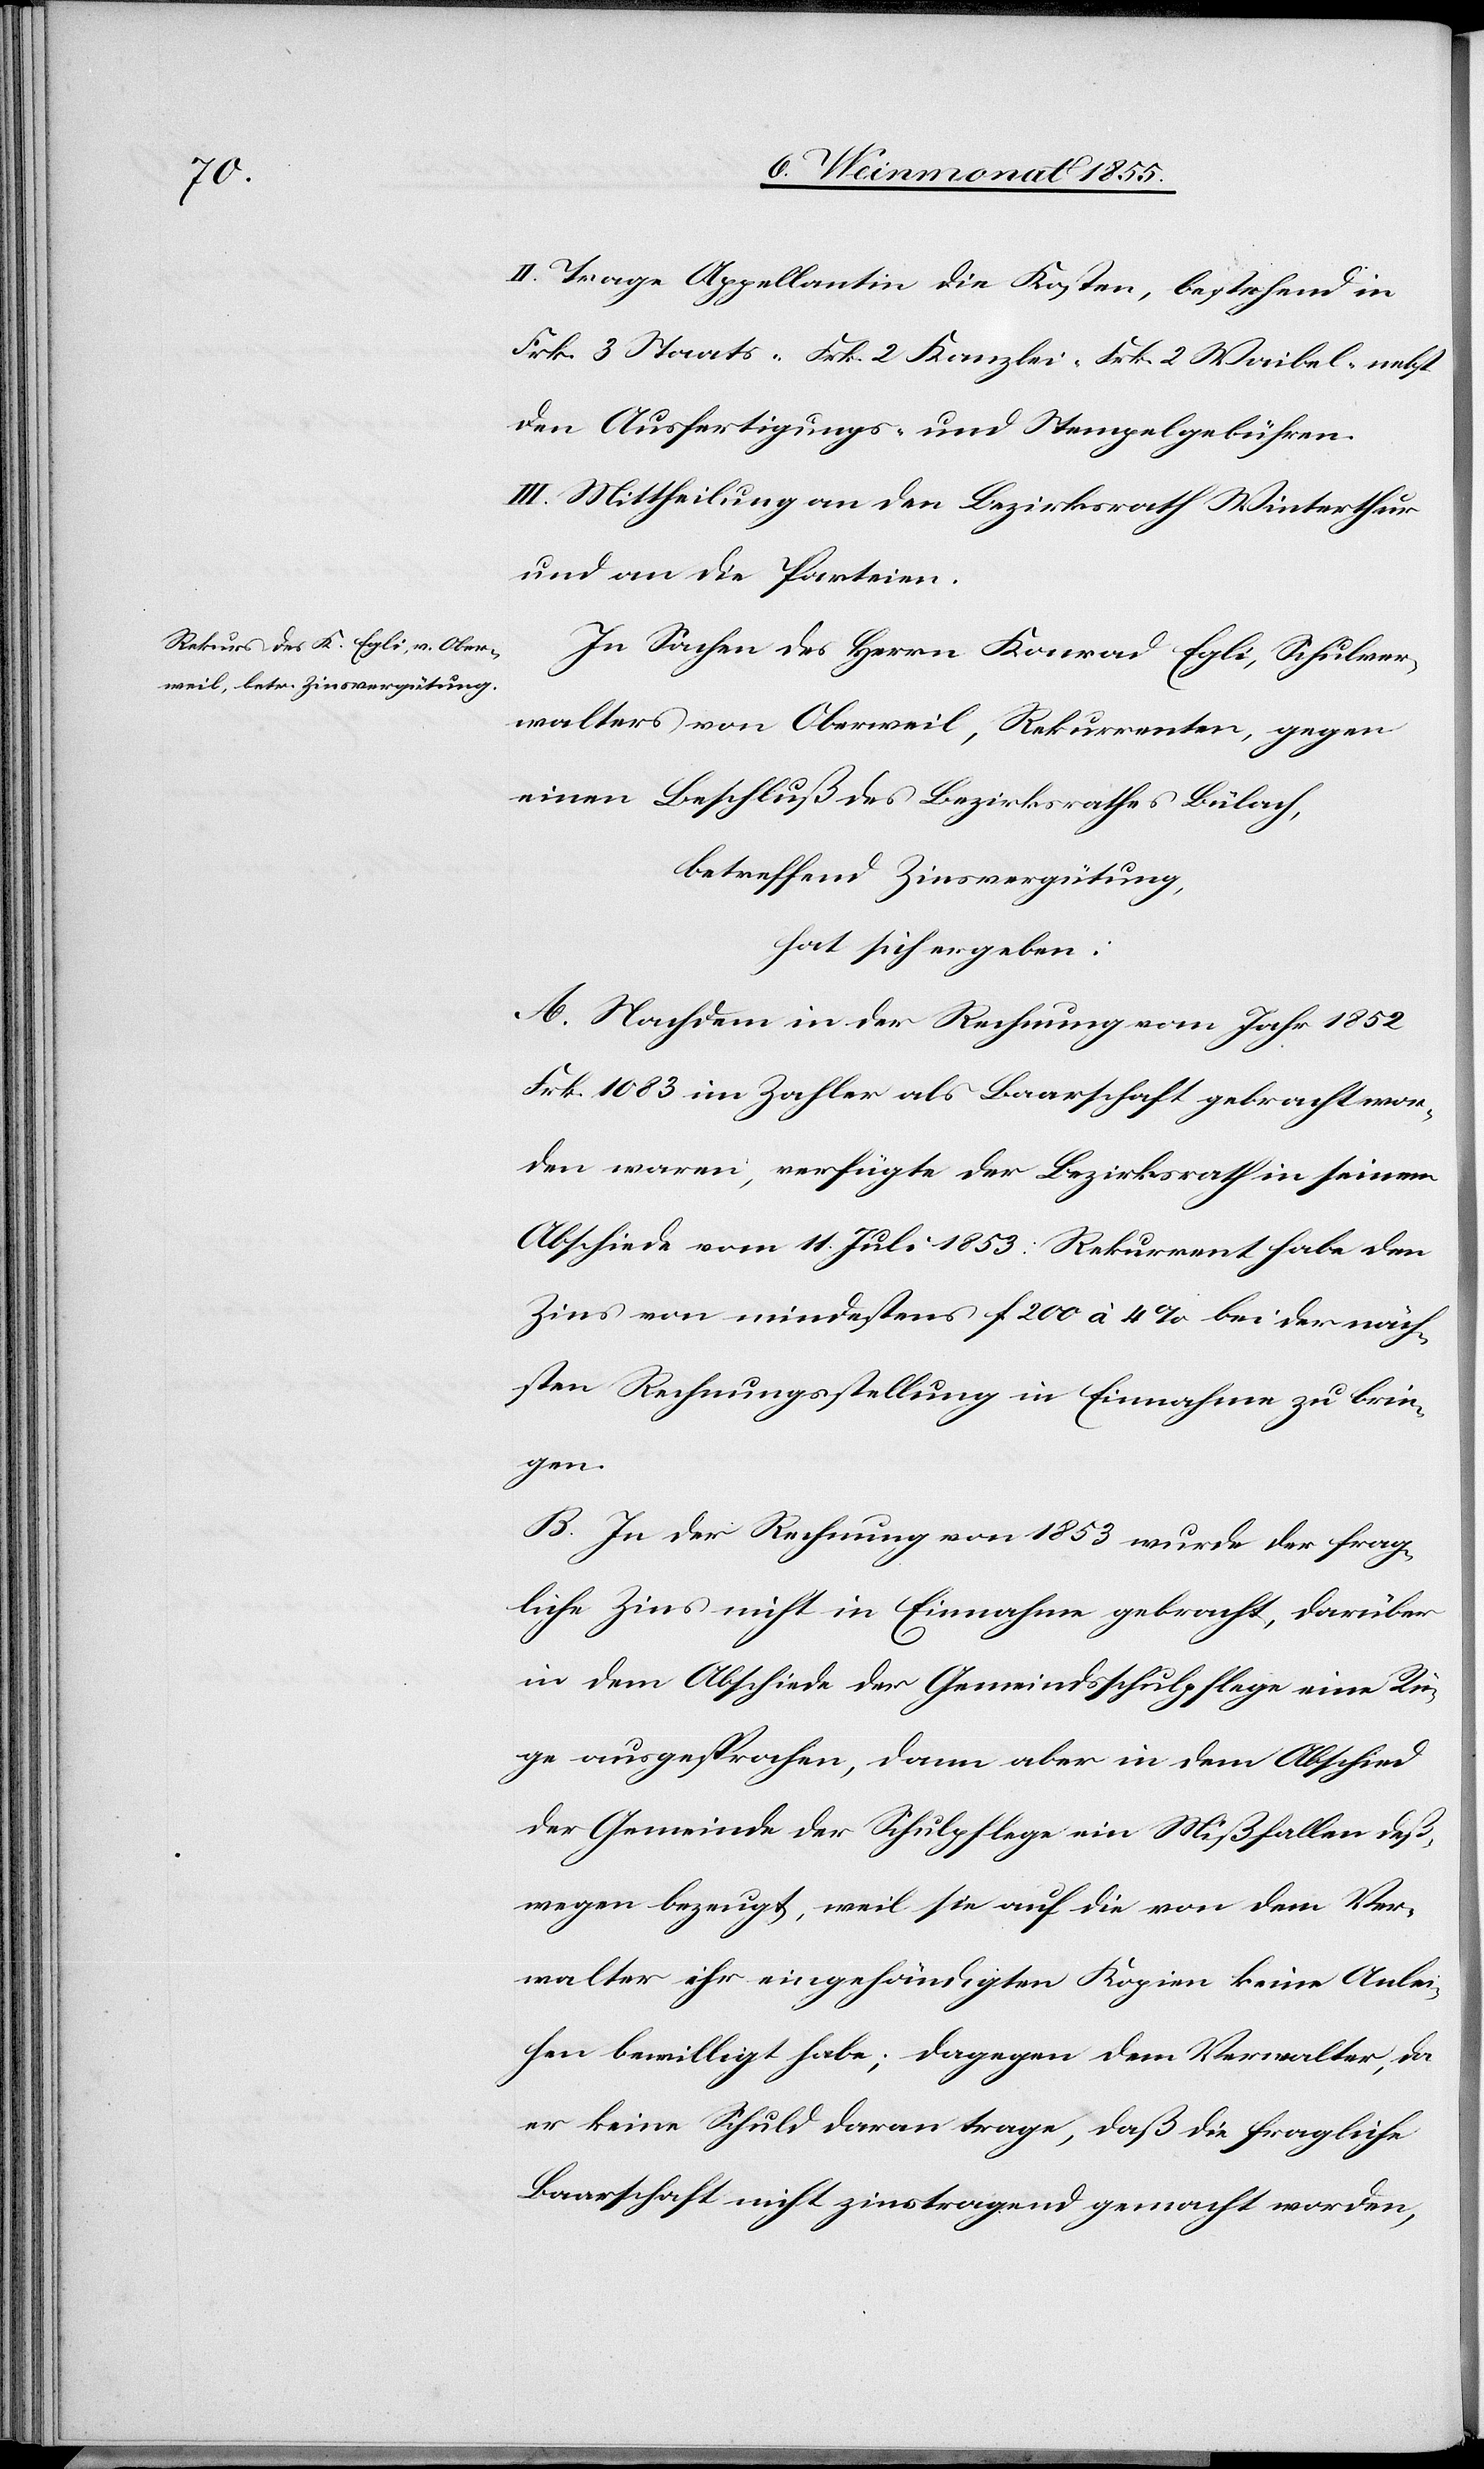
II. Trage Appellantin die Kosten, bestehend in
Frk. 3 Staats-[,] Frk. 2 Kanzlei-[,] Frk. 2 Waibel-[,] nebst
den Ausfertigungs- und Stempelgebühren.
III. Mittheilung an den Bezirksrath Winterthur
und an die Parteien.
In Sachen des Herrn Konrad Egli, Schulver¬
walters von Oberweil, Rekurrenten, gegen
einen Beschluß des Bezirksrathes Bülach,
betreffend Zinsvergütung,
hat sich ergeben:
A. Nachdem in der Rechnung vom Jahr 1852
Frk. 1083 im Zahler als Baarschaft gebracht wor¬
den waren, verfügte der Bezirksrath in seinem
Abschiede vom 11. Juli 1853: Rekurrent habe den
Zins von mindestens f 200 à 4% bei der näch¬
sten Rechnungsstellung in Einnahme zu brin¬
gen.
B. In der Rechnung von 1853 wurde der frag¬
liche Zins nicht in Einnahme gebracht, darüber
in dem Abschiede der Gemeindsschulpflege eine Rü¬
ge ausgesprochen, dann aber in dem Abschied
der Gemeinde der Schulpflege ein Mißfallen deß¬
wegen bezeugt, weil sie auf die von dem Ver¬
walter ihr eingehändigten Kopien keine Anlei¬
hen bewilligt habe; dagegen dem Verwalter, da
er keine Schuld daran trage, daß die fragliche
Baarschaft nicht zinstragend gemacht worden,